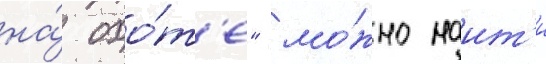
на́ охо́т'е" мо́жно наит'и